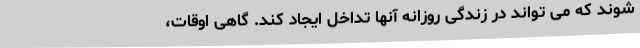
شوند که می تواند در زندگی روزانه آنها تداخل ایجاد کند. گاهی اوقات،